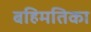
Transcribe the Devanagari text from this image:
बहिमतिका